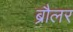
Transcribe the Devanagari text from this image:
ब्रौलर